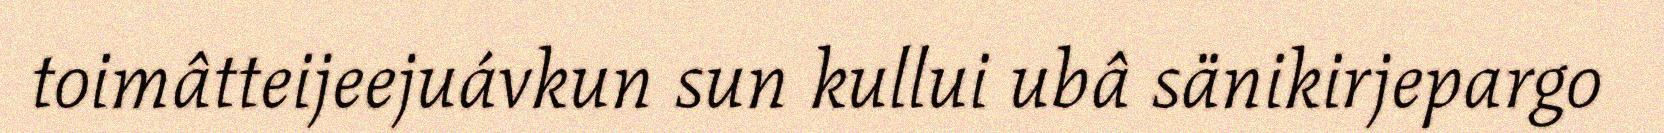
toimâtteijeejuávkun sun kullui ubâ sänikirjepargo